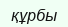
құрбы